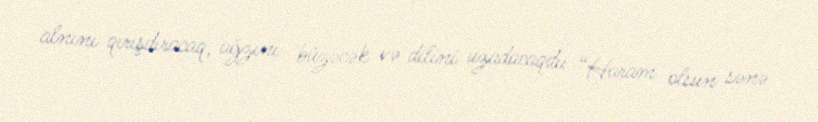
alnını qırışdıracaq, ağzını büzəcək və dilini uzadacaqdı: “Haram olsun sənə